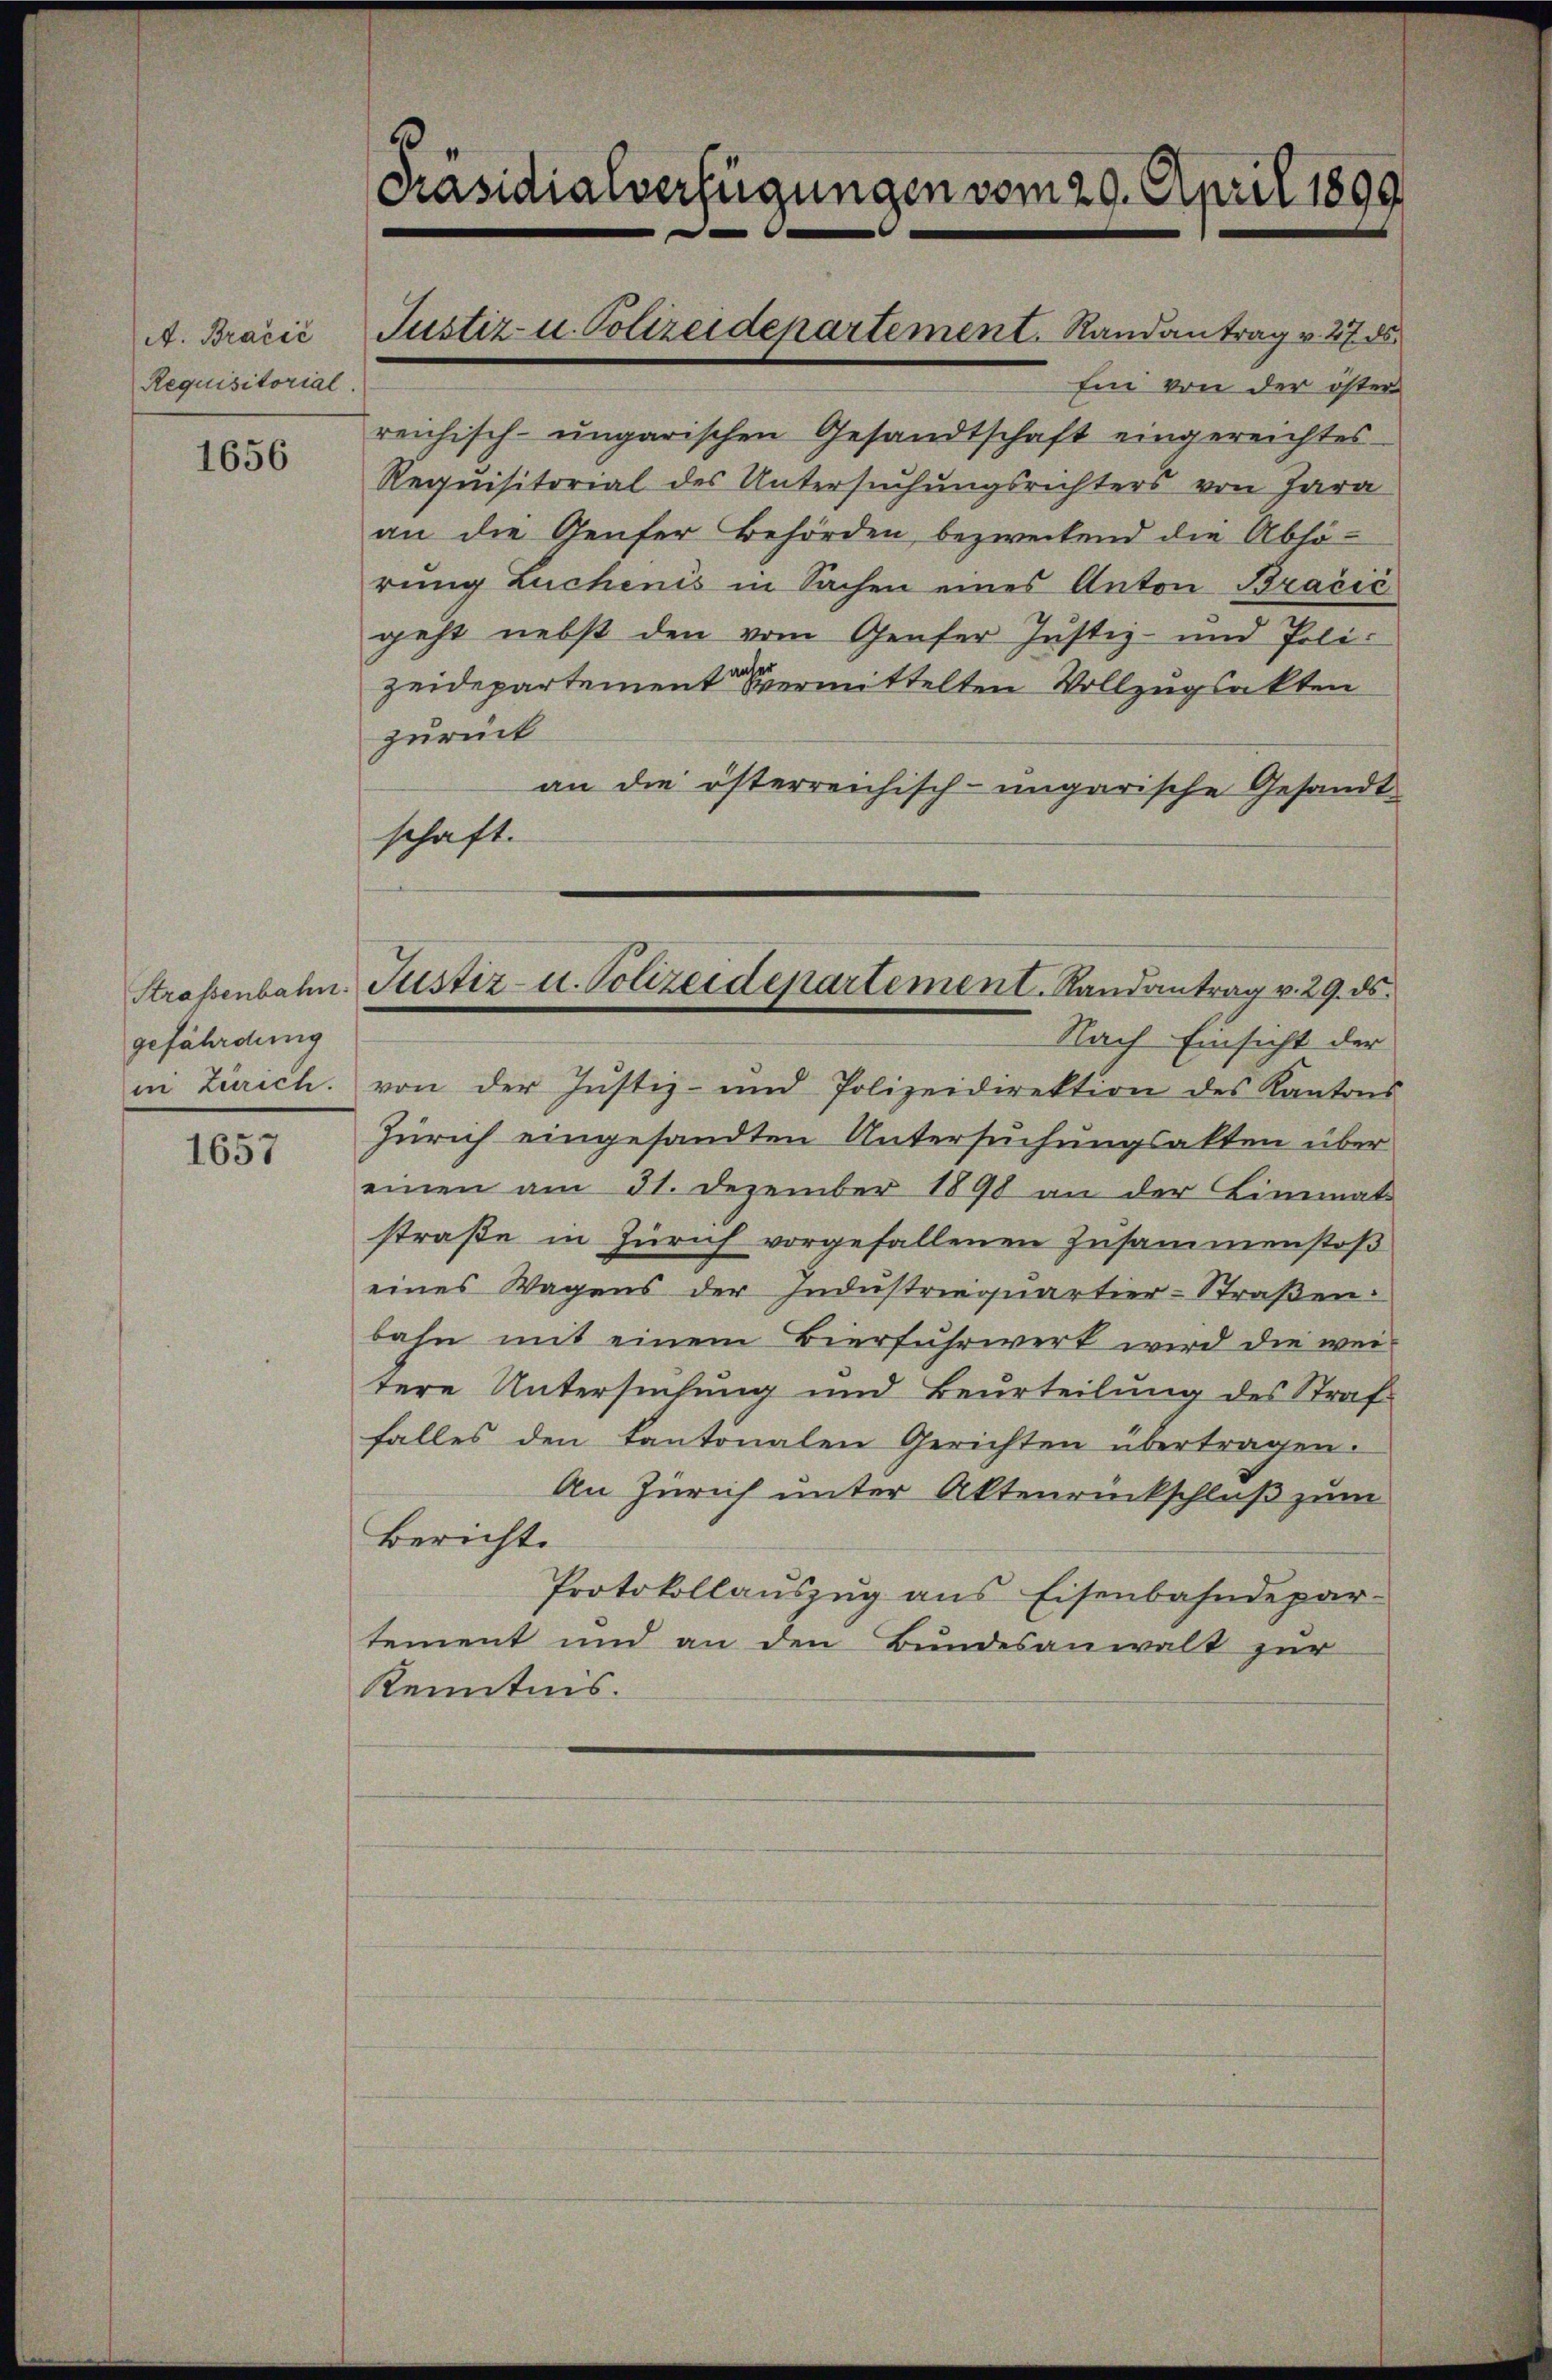
A. Bračić
Requisitorial.

1656

Strassenbahn
gefährdung
in Zürich.

1657

Präsidialverfügungen vom 29. April 1899

Ein von der öster
reichisch-ungarischen Gesandtschaft eingereichtes
Requisitorial des Untersuchungsrichters von Jara
an die Genfer Behörden, bezweckend die Abhö-
rung Luchenis in Sachen eines Anton Bračić
geht nebst den vom Genfer Justiz- und Polizeidepartement vermittelten Vollzugsakten
zurück
an die österreichisch-ungarische Gesandt
schaft.
Nach Einsicht der
von der Justiz- und Polizeidirektion des Kantons
Zürich eingesandten Untersuchungsakten über
einen am 31. Dezember 1890 an der Limmat
straβe in Zürich vorgefallenen Zusammenstoß
eines Wagens der Industriequartier-Straßen:
bahn mit einem Bierfuhrwerk wird die wei
tere Untersuchung und Beurteilung des Straf-
falles den kantonalen Gerichten übertragen.
An Zürich unter Aktenrückschluß zum
Bericht.
Protokollaŭszŭg ans Eisenbahndepar-
tement und an den Bundesanwalt zur
Kenntnis.

Justiz- u. Polizeidepartement. Randantrag v. 275

Justiz- u. Polizeidepartement. Randantrag v. 29. ds.